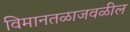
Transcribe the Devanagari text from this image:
विमानतळाजवळील